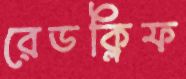
রেডক্লিফ